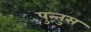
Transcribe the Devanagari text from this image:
पुन्तुस